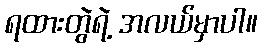
ရထားတွဲရဲ့ အလယ်မှာပါ။